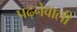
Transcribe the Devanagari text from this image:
पढ़नेवाली